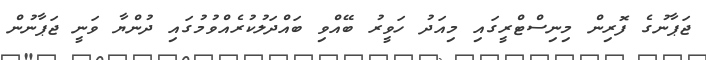
ޖަޕާނުގެ ފޮރިން މިނިސްޓްރީގައި މިއަދު ހަވީރު ބޭއްވި ބައްދަލުކުރެއްވުމުގައި ދުންޔާ ވަނީ ޖަޕާނުން